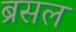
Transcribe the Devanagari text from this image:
ब्रसल